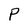
Character: P